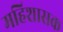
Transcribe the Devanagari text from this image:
महिशासक